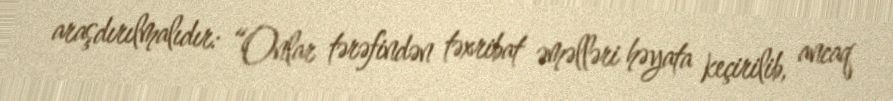
araşdırılmalıdır: “Onlar tərəfindən təxribat əməlləri həyata keçirilib, ancaq